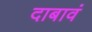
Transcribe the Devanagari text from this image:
दाबावं